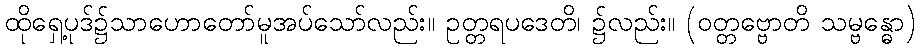
ထိုရှေ့ပုဒ်၌သာဟောတော်မူအပ်သော်လည်း။ ဥတ္တရပဒေတိ၊ ၌လည်း။ (ဝတ္တဗ္ဗောတိ သမ္ဗန္ဓော)